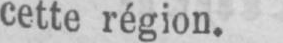
cette région.